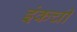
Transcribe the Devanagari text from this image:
इंकची